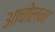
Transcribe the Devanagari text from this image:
आचोलना